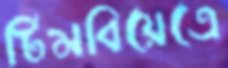
টিমবিয়েত্রে